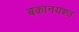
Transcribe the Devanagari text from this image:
बकानयश्त